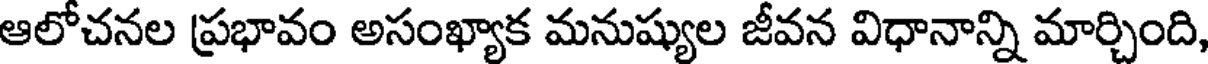
ఆలోచనల ప్రభావం అసంఖ్యాక మనుష్యుల జీవన విధానాన్ని మార్చింది,